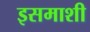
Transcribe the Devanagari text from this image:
इसमाशी